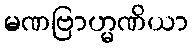
မဏဗြာဟ္မဏိယာ